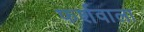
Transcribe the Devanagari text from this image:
फर्शवाला